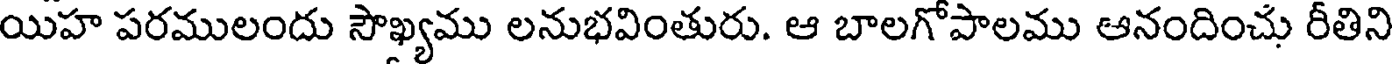
యిహ పరములందు సౌఖ్యము లనుభవింతురు. ఆ బాలగోపాలము ఆనందించు రీతిని